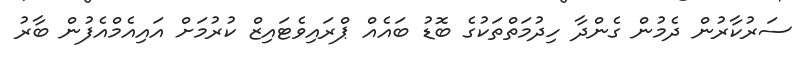
ސަރުކާރުން ދެމުން ގެންދާ ހިދުމަތްތަކުގެ ބޮޑު ބައެއް ޕްރައިވެޓައިޒް ކުރުމަށް އައިއެމްއެފުން ބާރު